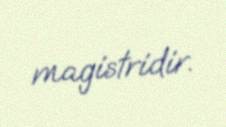
magistridir.